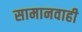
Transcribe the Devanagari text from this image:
सामानवाही